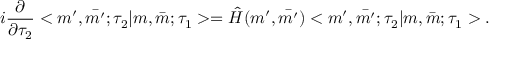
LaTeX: i \frac { \partial } { \partial \tau _ { 2 } } < m ^ { \prime } , \bar { m ^ { \prime } } ; \tau _ { 2 } | m , \bar { m } ; \tau _ { 1 } > = \hat { H } ( m ^ { \prime } , \bar { m ^ { \prime } } ) < m ^ { \prime } , \bar { m ^ { \prime } } ; \tau _ { 2 } | m , \bar { m } ; \tau _ { 1 } > .